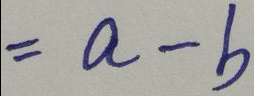
= a - b